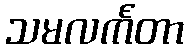
သမလင်္ကတာ